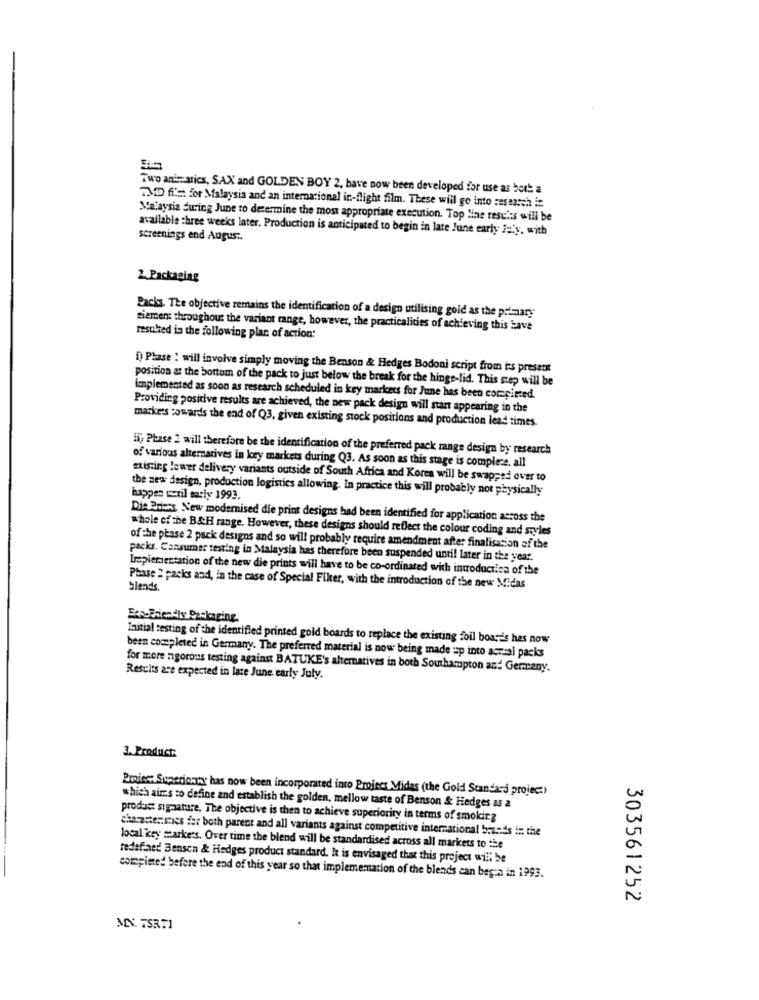
Two aniatics, SAX and GOLDEN BOY 2, have now been developed for use as both a
TVD ff's for Malaysia and an international in-flight film. These will go into research it
Malaysia during June to determine the most appropriate execution. Top line results will be
available three weeks later. Production is anticipated to begin in late June early Jely. with
screenings end Augus ..
2. Packaging
Backs. The objective remains the identification of a design utilising goid as the primary
siemens throughout the variant range, however, the practicalities of achieving this Have
resuked in the following plan of action:
[ Phase : will involve simply moving the Benson & Hedges Bodoni script from is present
position at the bottom of the pack to just below the break for the hinge-lid. This step will be
implemented as soon as research scheduled in key markets for June has been comapieced.
Providing positive results are achieved, the new pack design will start appearing in the
marke's towards the end of Q3, given existing stock positions and production lead times
15; Phase 2 will therefore be the identification of the preferred pack range design by research
of various alternatives in key markets during Q3. As soon as this stage is complese, all
existing lewer delivery variants outside of South Africa and Korea will be swapped over to
the new design, production logistics allowing. In practice this will probably not physically
happen veril early 1993.
Dis Pres New modernised die print designs had been identified for application across the
whole ofthe B&H range. However, these designs should reflect the colour coding and styles
of the phase 2 pack designs and so will probably require amendment after finalisation of the
packs. Cansumer testing in Malaysia has therefore been suspended unti! later in the year.
Implementation of the new die prints will have to be co-ordinated with introductica of the
Phase 2 packs and, in the case of Special Fiker, with the introduction of the new Midas
blends.
Initial testing of the identified printed gold boards to replace the existing foil boards has now
been completed in Germany. The preferred material is now being made up into actual packs
for more rigorous testing against BATUKE's alternatives in both Southampton and Germany.
Results are expected in late June early July.
3. Product:
Preiss: Superionty has now been incorporated into Project Midas (the Gold Standard projec:)
which aims to define and establish the golden, mellow taste of Benson & Hedges as a
product signature. The objective is then to achieve superiority in terms of smoking
characteristics fer both parent and all variants against competitive international brands in the
local key markers. Over time the blend will be standardised across all markets to the
redefined Benson & Hedges product standard. k is envisaged that this project will be
compimed before the end of this year so that implememation of the blends can begin in 1993.
303561252
MIX. TSRT1